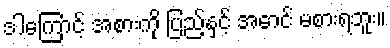
ဒါကြောင့် အစားကို ပြည့်နှင့် အောင် မစားရဘူး။